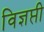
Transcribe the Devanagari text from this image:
विज्ञप्ती